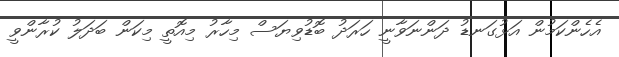
އެހެންކަމުން އަޅުގަނޑު ދަންނަވާނީ ހަރަދު ބޮޑުވިޔަސް މިހާރު މިއޮތީ މިކަން ބަދަލު ކުރާންވީ